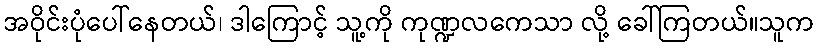
အဝိုင်းပုံပေါ်နေတယ်၊ ဒါကြောင့် သူ့ကို ကုဏ္ဍလကေသာ လို့ ခေါ်ကြတယ်။သူက